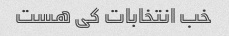
خب انتخابات کی هست